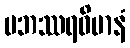
ပဘဿရဝိမာနံ